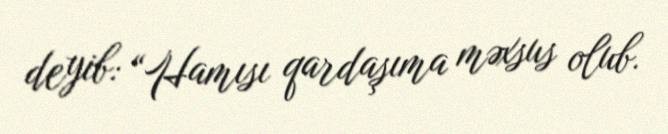
deyib: “Hamısı qardaşıma məxsus olub.